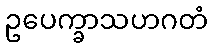
ဥပေက္ခာသဟဂတံ